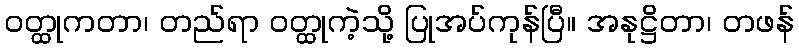
ဝတ္ထုကတာ၊ တည်ရာ ဝတ္ထုကဲ့သို့ ပြုအပ်ကုန်ပြီ။ အနုဋ္ဌိတာ၊ တဖန်